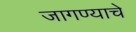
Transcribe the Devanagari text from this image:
जागण्याचे